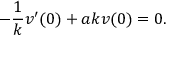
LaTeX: - { \frac { 1 } { k } } v ^ { \prime } ( 0 ) + a k v ( 0 ) = 0 .